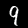
Label: 9